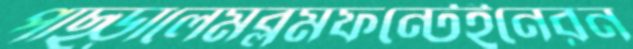
পাছ্‌ড়ালেমব্লমফন্টেইনেরন